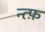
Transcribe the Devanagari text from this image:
न्त्फ़